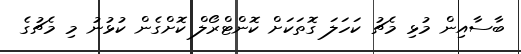
ބާސާއިން މުޅި މެޗު ކަހަލަ ގޮތަކަށް ކޮންޓްރޯލް ކޮށްގެން ކުޅުނު މި މެޗުގެ